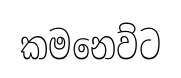
කමනෙව්ට